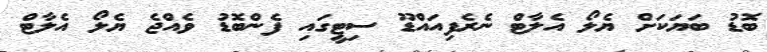
ބޮޑު ބަޔަކަށް ޔެލޯ އެލާޓް ނެރެފިއައްޑޫ ސިޓީގައި ފެންބޮޑު ވެއްޖެ ޔެލޯ އެލާޓް